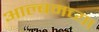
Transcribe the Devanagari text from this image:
आल्बमच्या